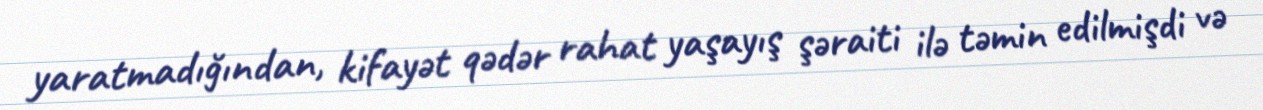
yaratmadığından, kifayət qədər rahat yaşayış şəraiti ilə təmin edilmişdi və